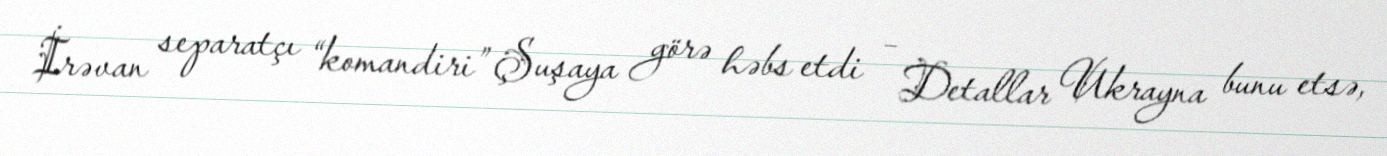
İrəvan separatçı “komandiri” Şuşaya görə həbs etdi – Detallar Ukrayna bunu etsə,